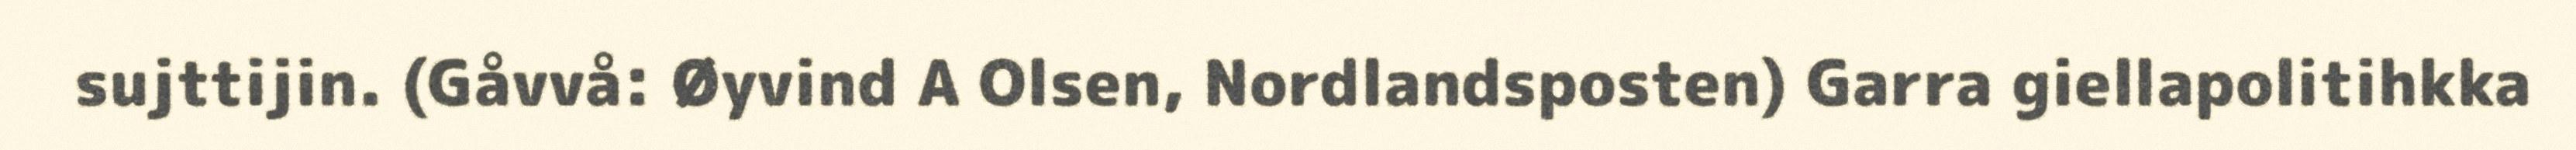
sujttijin. (Gåvvå: Øyvind A Olsen, Nordlandsposten) Garra giellapolitihkka